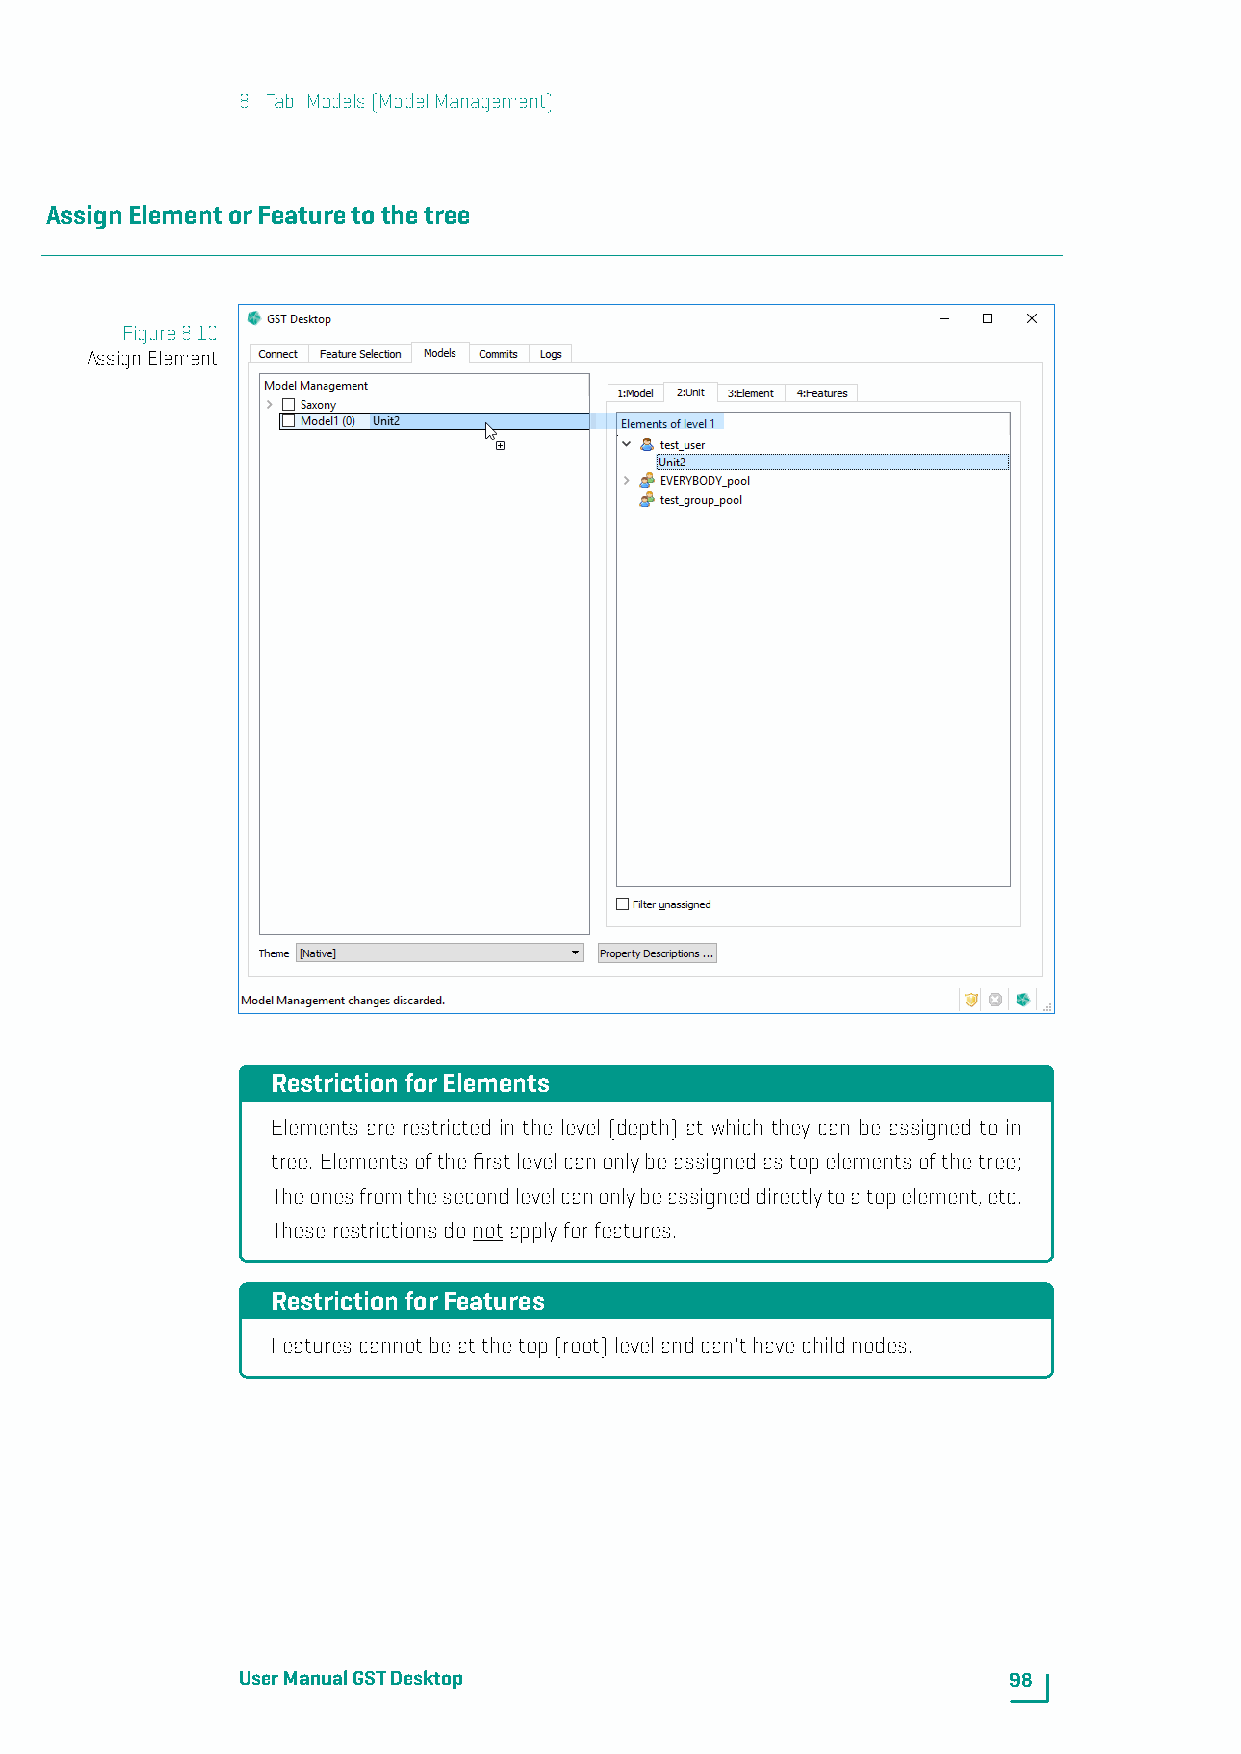
8. Tab: Models(ModelManagement)
 AssignElementorFeaturetothetree
 Figure8.10
 AssignElement
 RestrictionforElements
 Elements are restricted in the level (depth) at which they can be assigned to in
 tree. Elementsofthefirstlevelcanonlybeassignedastopelementsofthetree;
 Theonesfromthesecondlevelcanonlybeassigneddirectlytoatopelement,etc.
 Theserestrictionsdonotapplyforfeatures.
 RestrictionforFeatures
 Featurescannotbeatthetop(root)levelandcan'thavechildnodes.
 UserManualGSTDesktop                               98